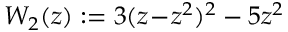
W _ { 2 } ( z ) : = 3 ( z \! - \! z ^ { 2 } ) ^ { 2 } - 5 z ^ { 2 }